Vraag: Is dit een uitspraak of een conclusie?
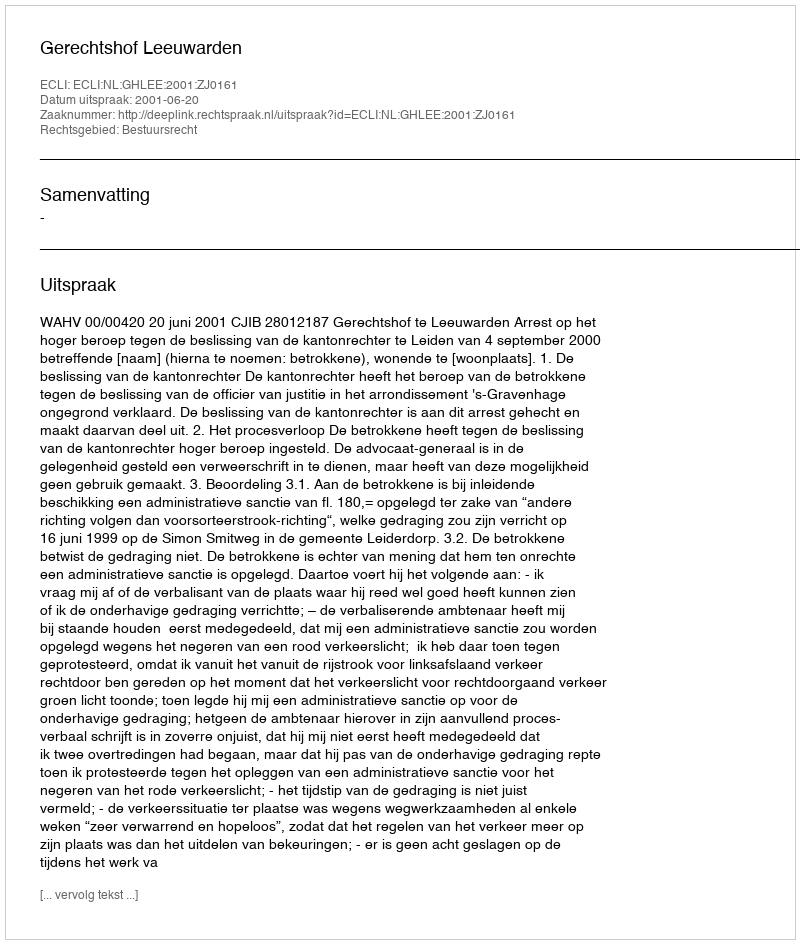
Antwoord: Uitspraak